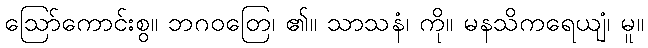
ဩော်ကောင်းစွ။ ဘဂဝတြေ၊ ၏။ သာသနံ၊ ကို။ မနသိကရေယျံ၊ မူ။